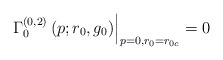
\begin{align*}\left. \Gamma _{0}^{(0,2)}\left( p;r_{0},g_{0}\right) \right|_{p=0,r_{0}=r_{0{c}}}=0 \end{align*}